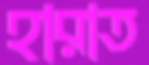
হারাত